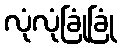
လုံလုံခြုံခြုံ